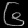
Digit: ၆